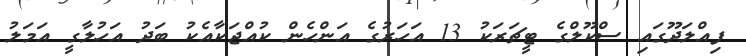
ފިއްލަދޫގައި ސްކޫލްގެ ޓީޗަރަކު 13 އަހަރުގެ އަންހެން ކުއްޖަކާއެކު ބަދު އަހުލާގީ އަމަލު